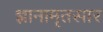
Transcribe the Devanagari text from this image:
ज्ञानामृतसार